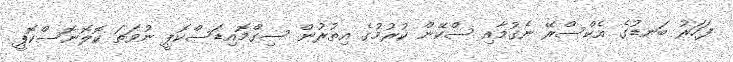
ފަހަރު ބަނޑުގެ އެކްސްރޭ ނެގުމާއި ސްކޭން ކުރުމުގެ އިތުރުން ސިގްމޮއިޑަސްކޮޕީ ނުވަތަ ކޮލޮނޮސްކޮޕީ